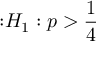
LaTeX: { \mathrm { : } } H _ { 1 } : p > { \frac { 1 } { 4 } }